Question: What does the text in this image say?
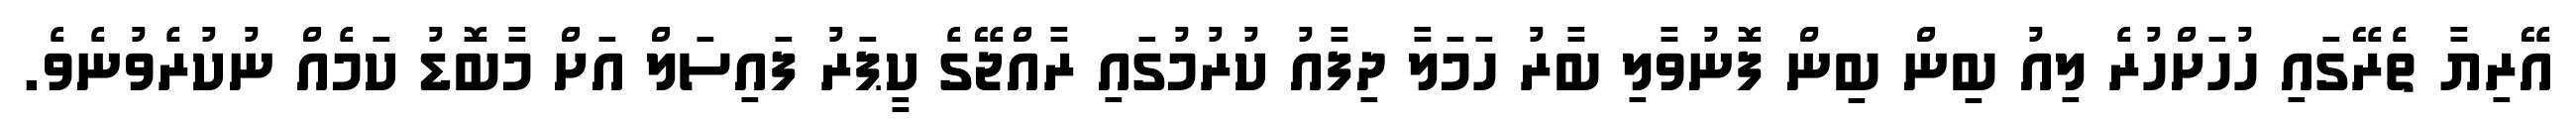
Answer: އޭރިޔާ ތެރޭގައި ހުހަށްހުރެ ލިއު ބިން ބިން ފޮނުވާލި ބާރު ހަމަލާ ދިފާއު ކުރުމުގައި ރާއްޖޭގެ ކީޕަރު ފައިސަލް އަށް މާބޮޑު ކަމެއް ނުކުރެވުނެވެ.